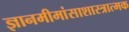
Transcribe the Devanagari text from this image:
ज्ञानमीमांसाशास्त्रात्मक